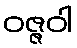
ဝဇ္ဇဝါ